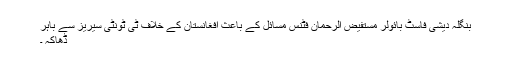
بنگلہ دیشی فاسٹ بائولر مستفیض الرحمان فٹنس مسائل کے باعث افغانستان کے خلاف ٹی ٹونٹی سیریز سے باہر
ڈھاکہ ۔